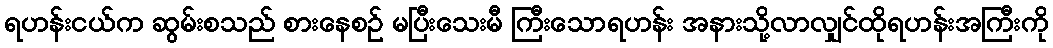
ရဟန်းငယ်က ဆွမ်းစသည် စားနေစဉ် မပြီးသေးမီ ကြီးသောရဟန်း အနားသို့လာလျှင်ထိုရဟန်းအကြီးကို